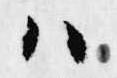
ハ